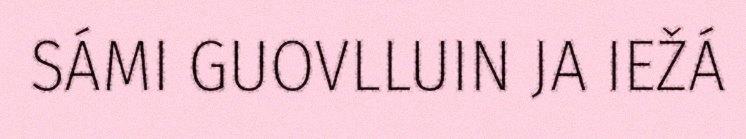
SÁMI GUOVLLUIN JA IEŽÁ